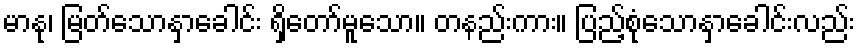
မာနု၊ မြတ်သောနှာခေါင်း ရှိတော်မူသော။ တနည်းကား။ ပြည့်စုံသောနှာခေါင်းလည်း